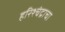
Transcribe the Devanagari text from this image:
हरिश्चंद्राचा